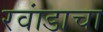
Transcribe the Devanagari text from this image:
रवांडाचा